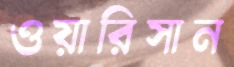
ওয়ারিসান